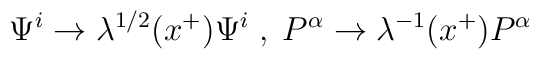
\Psi^i \rightarrow \lambda^{1/2} (x^+) \Psi^i\;,\; P^{\alpha}\rightarrow \lambda^{-1} (x^+) P^\alpha